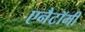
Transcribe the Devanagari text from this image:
एनैटॉमी